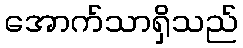
အောက်သာရှိသည်